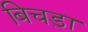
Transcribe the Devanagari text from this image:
बिचड़ा